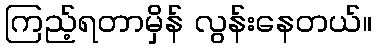
ကြည့်ရတာမှိန် လွန်းနေတယ်။